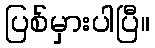
ပြစ်မှားပါပြီ။